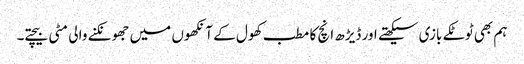
ہم بھی ٹوٹکے بازی سیکھتے اور ڈیڑھ انچ کا مطب کھول کے آنکھوں میں جھونکنے والی مٹی بیچتے۔